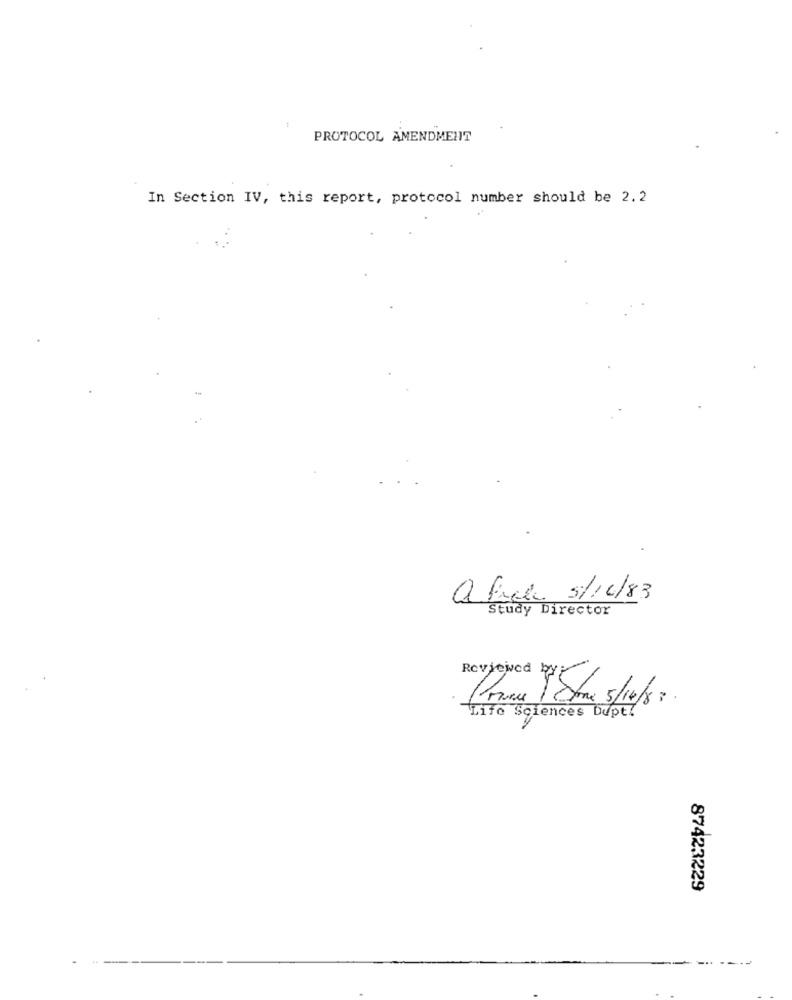
PROTOCOL AMENDMENT
In Section IV, this report, protocol number should be 2.2
a fuck 5/10/83
Study Director
Reviewed by
Life Sciences Dupt!
87423229